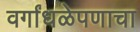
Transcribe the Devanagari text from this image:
वर्गांधळेपणाचा